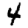
Digit: 4